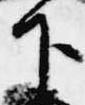
下